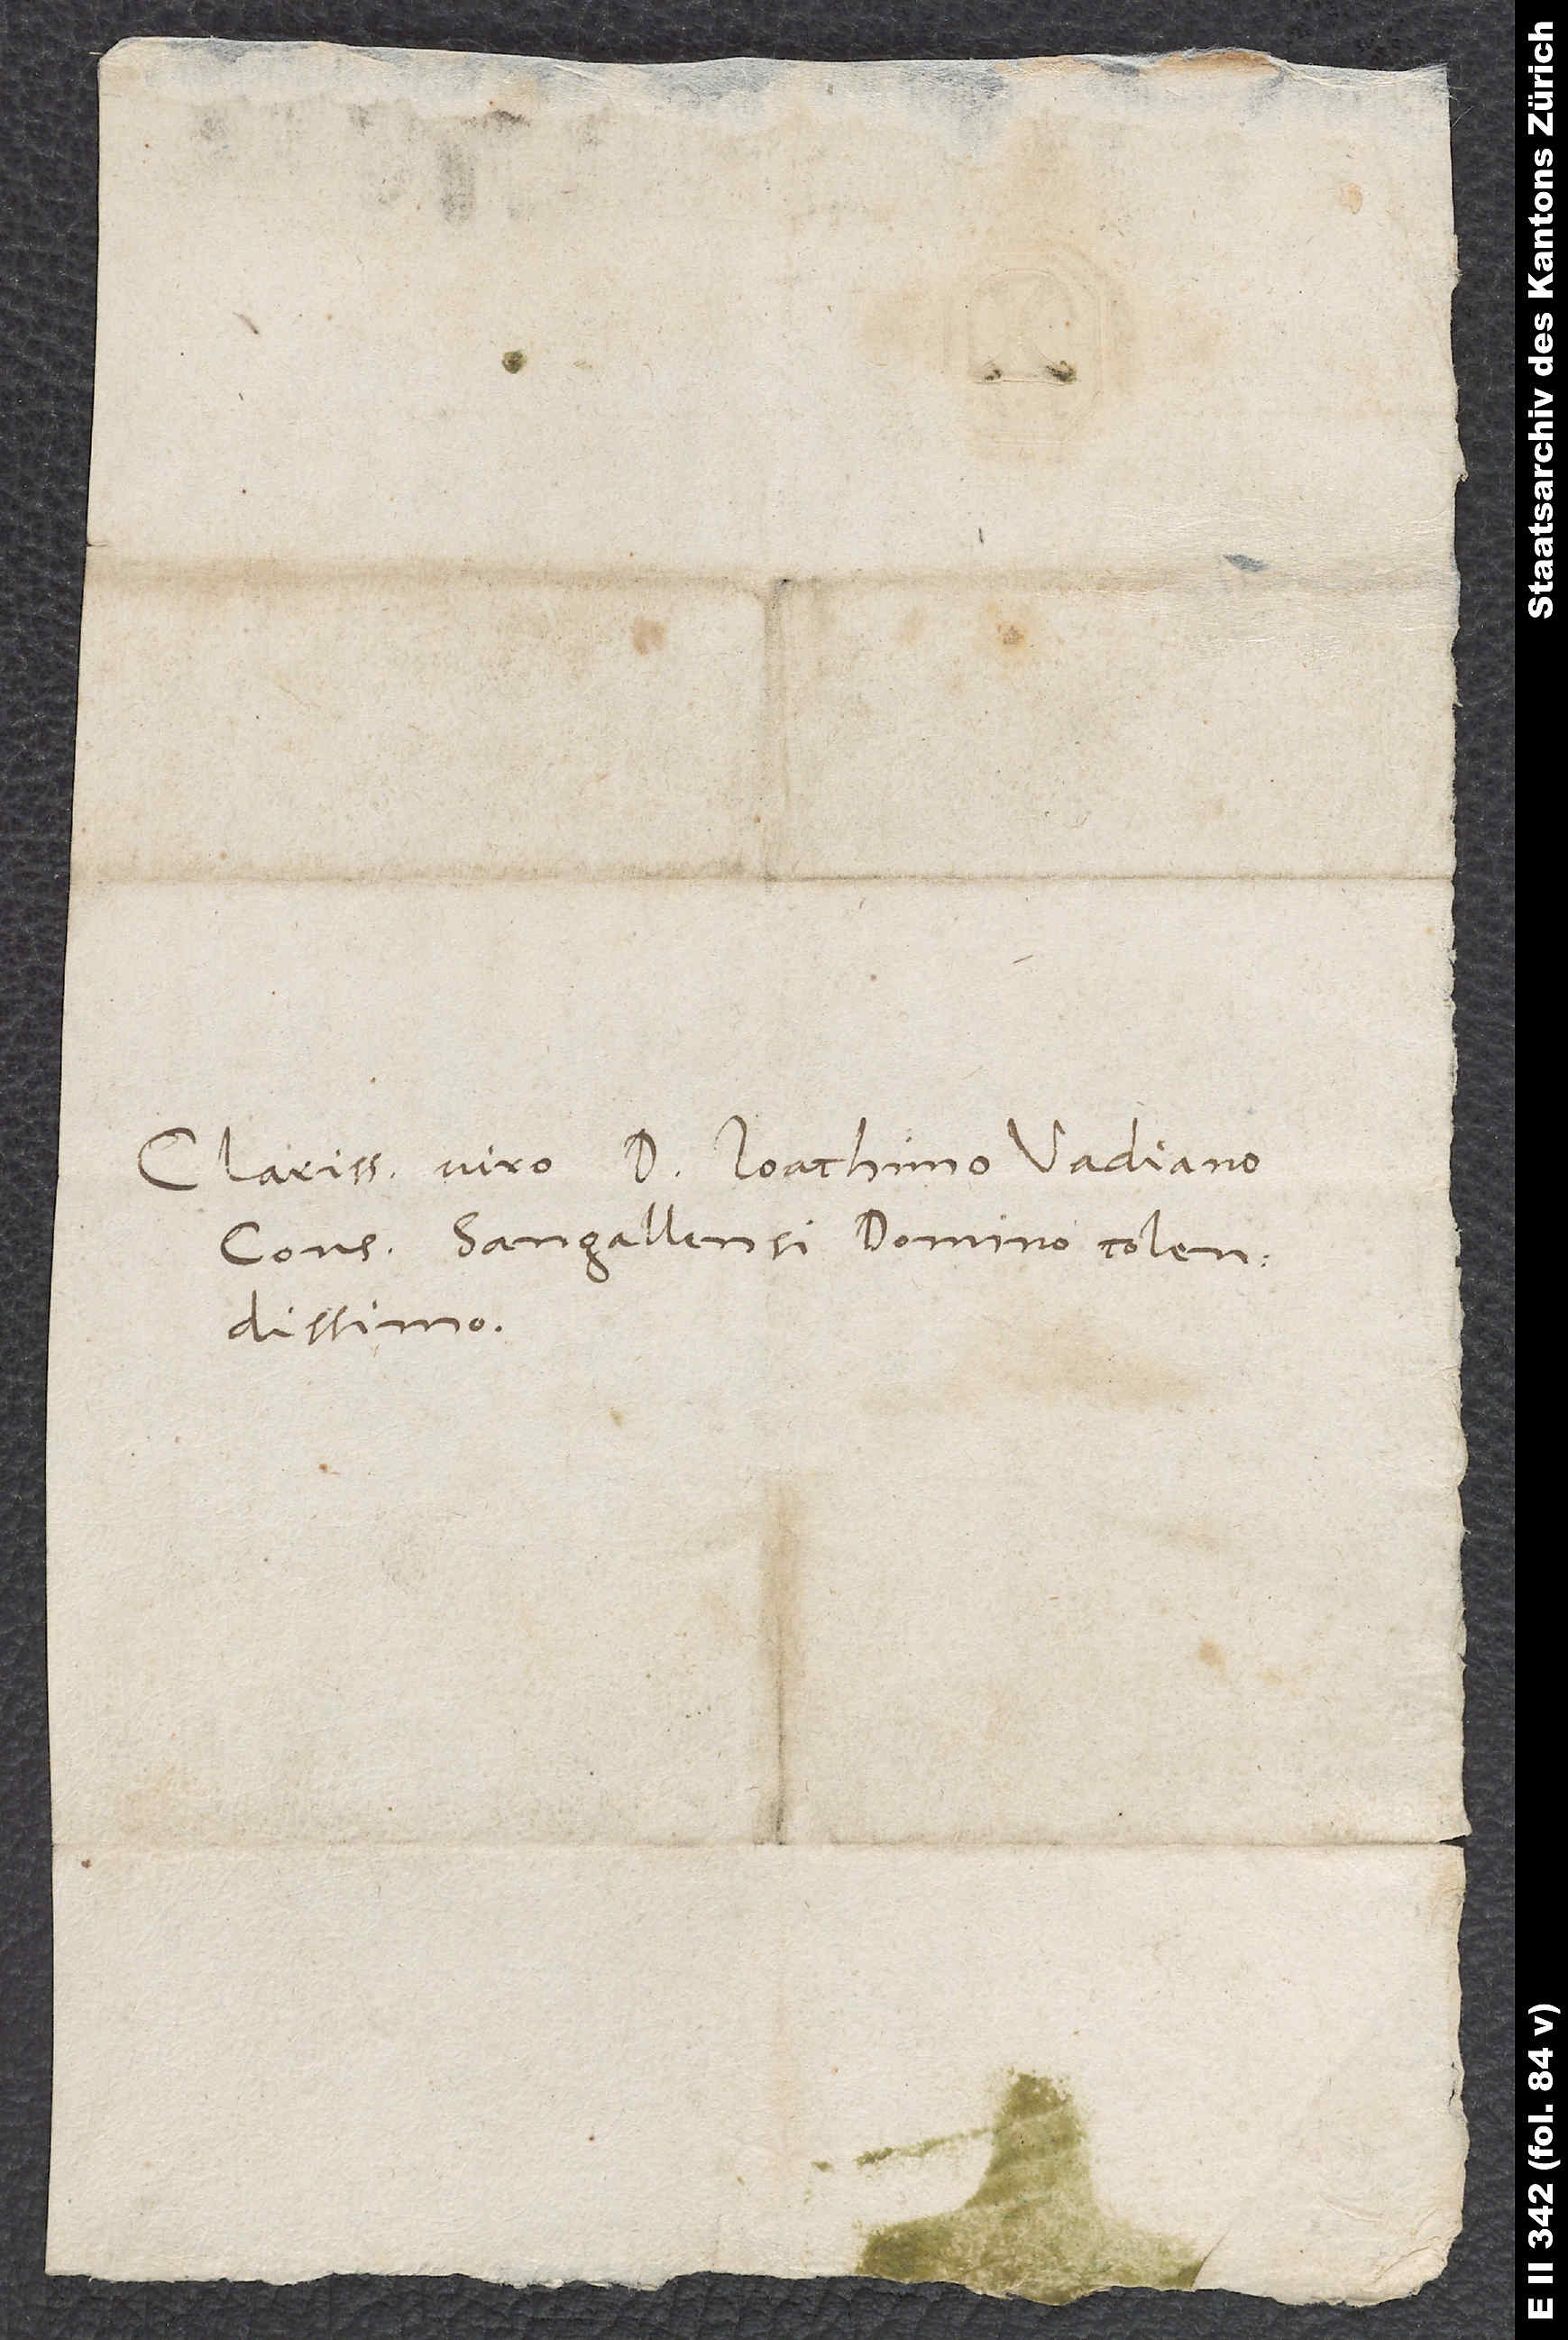
Clarissimo viro D. Ioachimo Vadiano,
consuli Sangallensi. domino colendissimo.